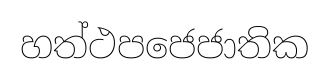
හත්ථපජෙජාතික